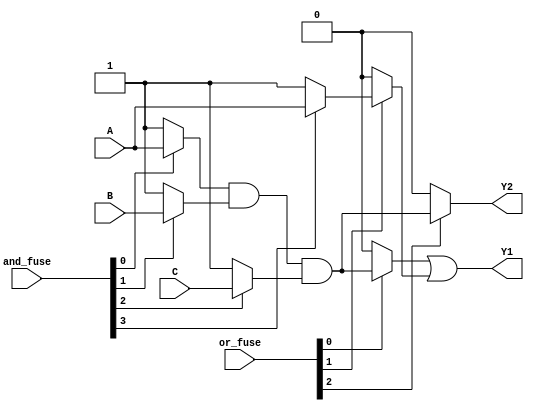
module fuse_based_PLA (
    input wire A,        // Input A
    input wire B,        // Input B
    input wire C,        // Input C
    input wire [N:0] and_fuse, // Fuse connections for AND gates
    input wire [M:0] or_fuse,  // Fuse connections for OR gates
    output wire Y1,      // Output Y1
    output wire Y2       // Output Y2
);

// Parameters
parameter N = 3; // Number of AND gates
parameter M = 2; // Number of OR gates

// Product terms from AND plane
wire P1, P2, P3; // Product terms

// AND Plane
assign P1 = (and_fuse[0] ? A : 1'b1) & (and_fuse[1] ? B : 1'b1) & (and_fuse[2] ? C : 1'b1);  // AND gate 1
assign P2 = (and_fuse[3] ? A : 1'b1) & (and_fuse[4] ? B : 1'b1);                             // AND gate 2
assign P3 = (and_fuse[5] ? B : 1'b1) & (and_fuse[6] ? C : 1'b1);                             // AND gate 3

// OR Plane
assign Y1 = (or_fuse[0] ? P1 : 1'b0) | (or_fuse[1] ? P2 : 1'b0);  // OR gate 1
assign Y2 = (or_fuse[2] ? P1 : 1'b0) | (or_fuse[3] ? P3 : 1'b0);  // OR gate 2

endmodule